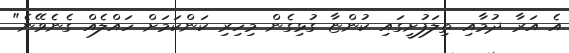
އެ އަރާ ދުމާއި ތިލަފުށީގައި ކުންޏާ ގުޅިގެން މިހިރި ކަންކަމަށް ހައްލެއް ގެނެވޭނެ"